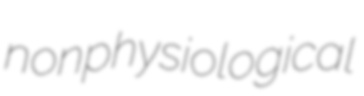
nonphysiological